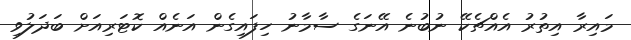
މައިރާ އިތުރު އެއްޗެކޭ ނުބުނެ އޭނަގެ ސާމާނު ހިފައިގެން އަނެއް ކޮޓަރިއަށް ބަދަލުވި